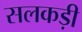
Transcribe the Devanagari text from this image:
सलकड़ी